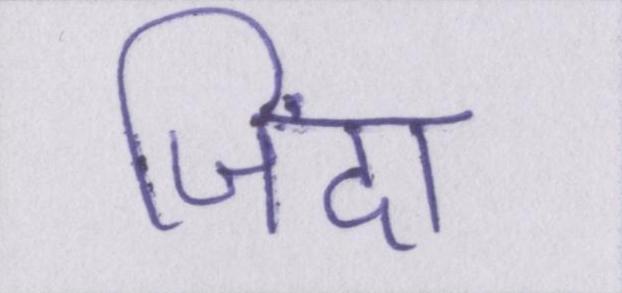
जिंदा